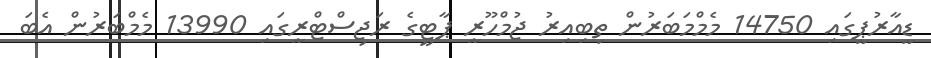
ޑީއާރުޕީގައި 14750 މެމްމަބަރުން ތިބިއިރު ޖުމްހޫރީ ޕާޓީގެ ރަޖިސްޓްރީގައި 13990 މެމްބަރުން އެބަ